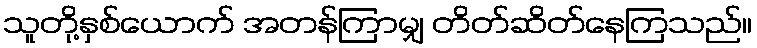
သူတို့နှစ်ယောက် အတန်ကြာမျှ တိတ်ဆိတ်နေကြသည်။